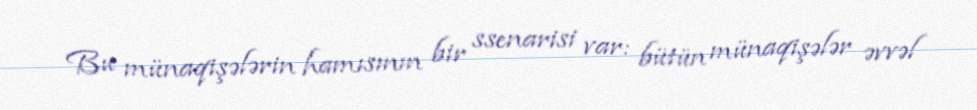
Bu münaqişələrin hamısının bir ssenarisi var: bütün münaqişələr əvvəl